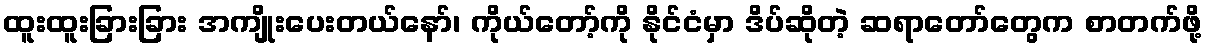
ထူးထူးခြားခြား အကျိုးပေးတယ်နော်၊ ကိုယ်တော့်ကို နိုင်ငံမှာ ဒိပ်ဆိုတဲ့ ဆရာတော်တွေက စာတက်ဖို့